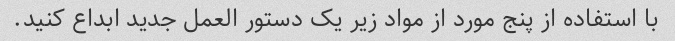
با استفاده از پنج مورد از مواد زیر یک دستور العمل جدید ابداع کنید.